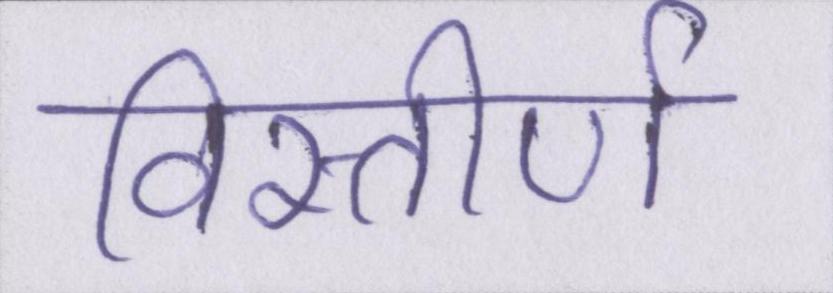
विस्तीर्ण